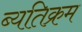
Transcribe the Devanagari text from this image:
ब्यतिक्रम